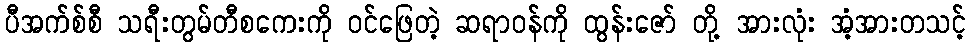
ပီအက်စ်စီ သရီးတွမ်တီစကေးကို ဝင်ဖြေတဲ့ ဆရာဝန်ကို ထွန်းဇော် တို့ အားလုံး အံ့အားတသင့်